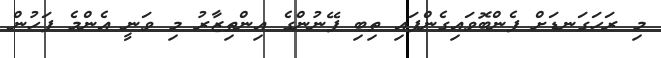
މި ރަހަގަނޑަށް ފެންބޮވައިގެންފައި ތިބި ފޭނުންގެ އިންތިޒާރު މި ވަނީ އެންމެ ފަހުން